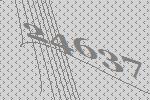
24637